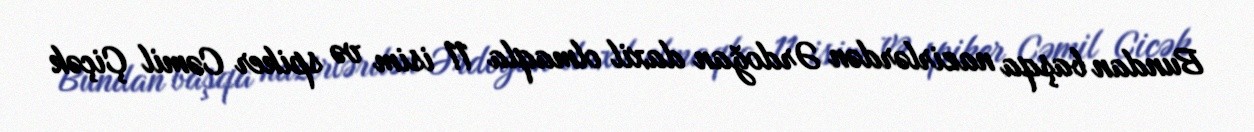
Bundan başqa nazirlərdən Ərdoğan daxil olmaqla 11 isim və spiker Cəmil Çiçək